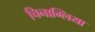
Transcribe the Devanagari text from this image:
चिनाग्लिया